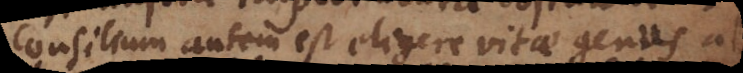
Consilium autem est eligere vitae genus ab